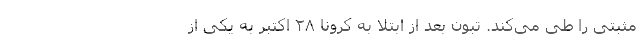
مثبتی را طی می‌کند. تبون بعد از ابتلا به کرونا ۲۸ اکتبر به یکی از